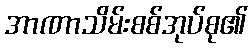
အာဏာသိမ်းစစ်အုပ်စု၏